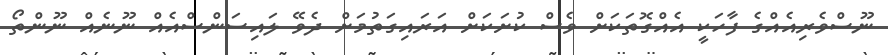
ނޫސްވެރިއެއްގެ ފާހަކީ އެއްގޮތަކަށް ވެސް ކުށަކަށް އަރައިގަތުމަށް ދެވޭ ލައިސަންސްއެއް ނޫނެއް ނޫންތޯ